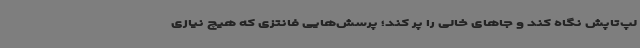
لپ‌تاپش نگاه کند و جاهای خالی را پر کند؛ پرسش‌هایی فانتزی که هیچ نیازی